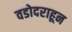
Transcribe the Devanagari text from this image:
वडोदराहून